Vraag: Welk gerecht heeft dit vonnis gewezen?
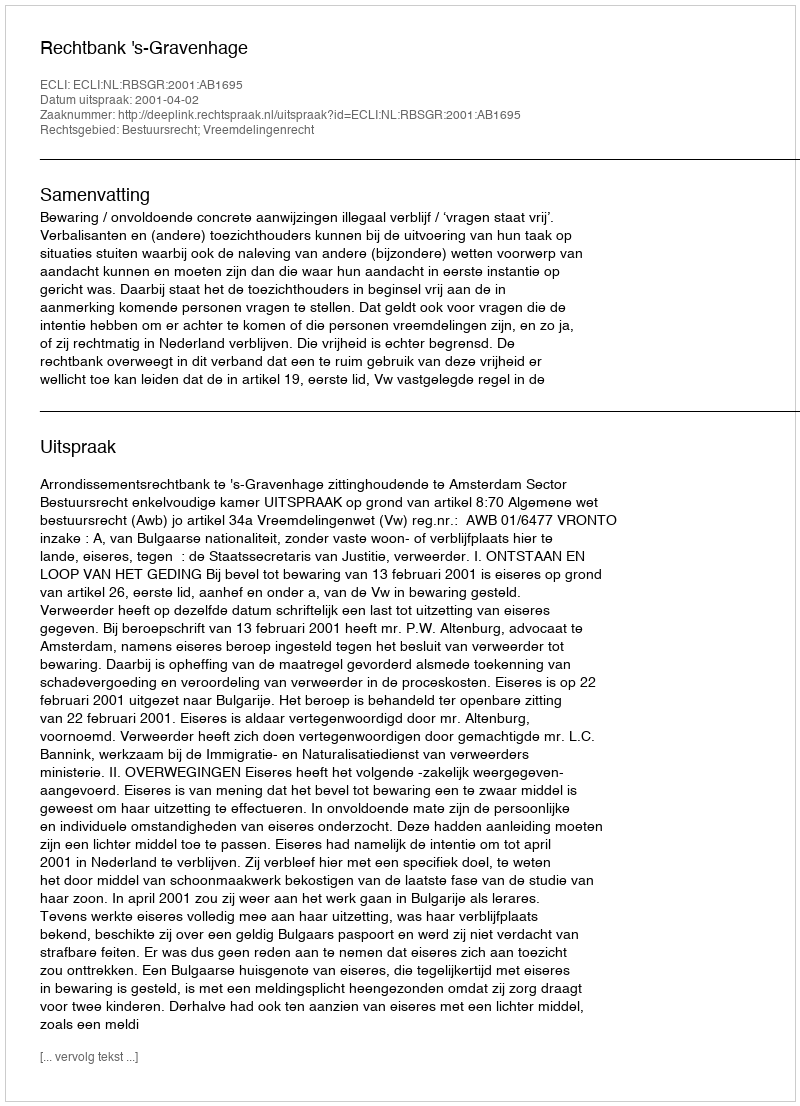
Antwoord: Rechtbank 's-Gravenhage